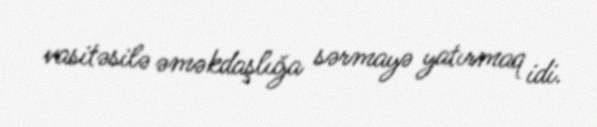
vasitəsilə əməkdaşlığa sərmayə yatırmaq idi.